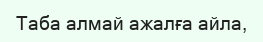
Таба алмай ажалға айла,